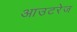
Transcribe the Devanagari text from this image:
आउटरेज